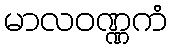
မာလဝဏ္ဏကံ